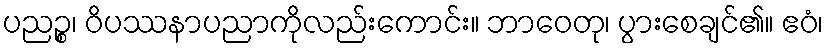
ပညဉ္စ၊ ဝိပဿနာပညာကိုလည်းကောင်း။ ဘာဝေတု၊ ပွားစေချင်၏။ ဧဝံ၊